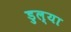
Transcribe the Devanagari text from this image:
डुल्या